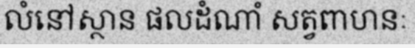
លំនៅស្ថាន ផលដំណាំ សត្វពាហនៈ